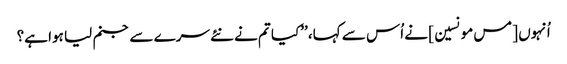
اُنہوں [مس مونسین] نے اُس سے کہا، ’’کیا تم نے نئے سرے سے جنم لیا ہوا ہے؟